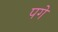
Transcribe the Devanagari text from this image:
पगे